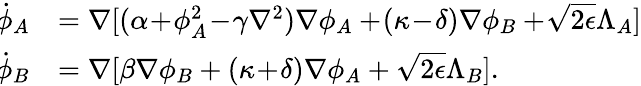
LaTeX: \begin{array}{rl}{\! \dot{\phi}_{A}}&{=\nabla[(\alpha\! +\! \phi_{A}^{2}\! -\! \gamma\nabla^{2})\nabla\phi_{A}+\! (\kappa\! -\! \delta)\nabla\phi_{B}+\! \sqrt{2\epsilon}\Lambda_{A}]}\\ {\! \dot{\phi}_{B}}&{=\nabla[\beta\nabla\phi_{B}+(\kappa\! +\! \delta)\nabla\phi_{A}+\sqrt{2\epsilon}\Lambda_{B}].}\end{array}